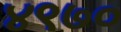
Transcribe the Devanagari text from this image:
४९७०